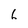
Character: 6